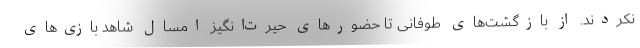
نکردند. از بازگشت‌های طوفانی تا حضورهای حیرت‌انگیز امسال شاهد بازی‌های